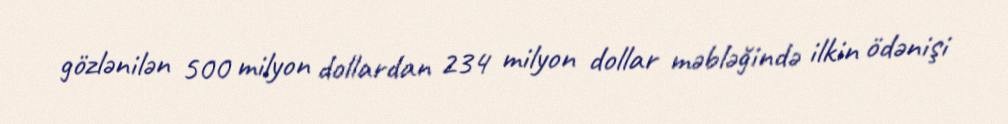
gözlənilən 500 milyon dollardan 234 milyon dollar məbləğində ilkin ödənişi